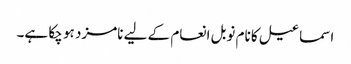
اسماعیل کا نام نوبل انعام کے لیے نامزد ہو چکا ہے۔